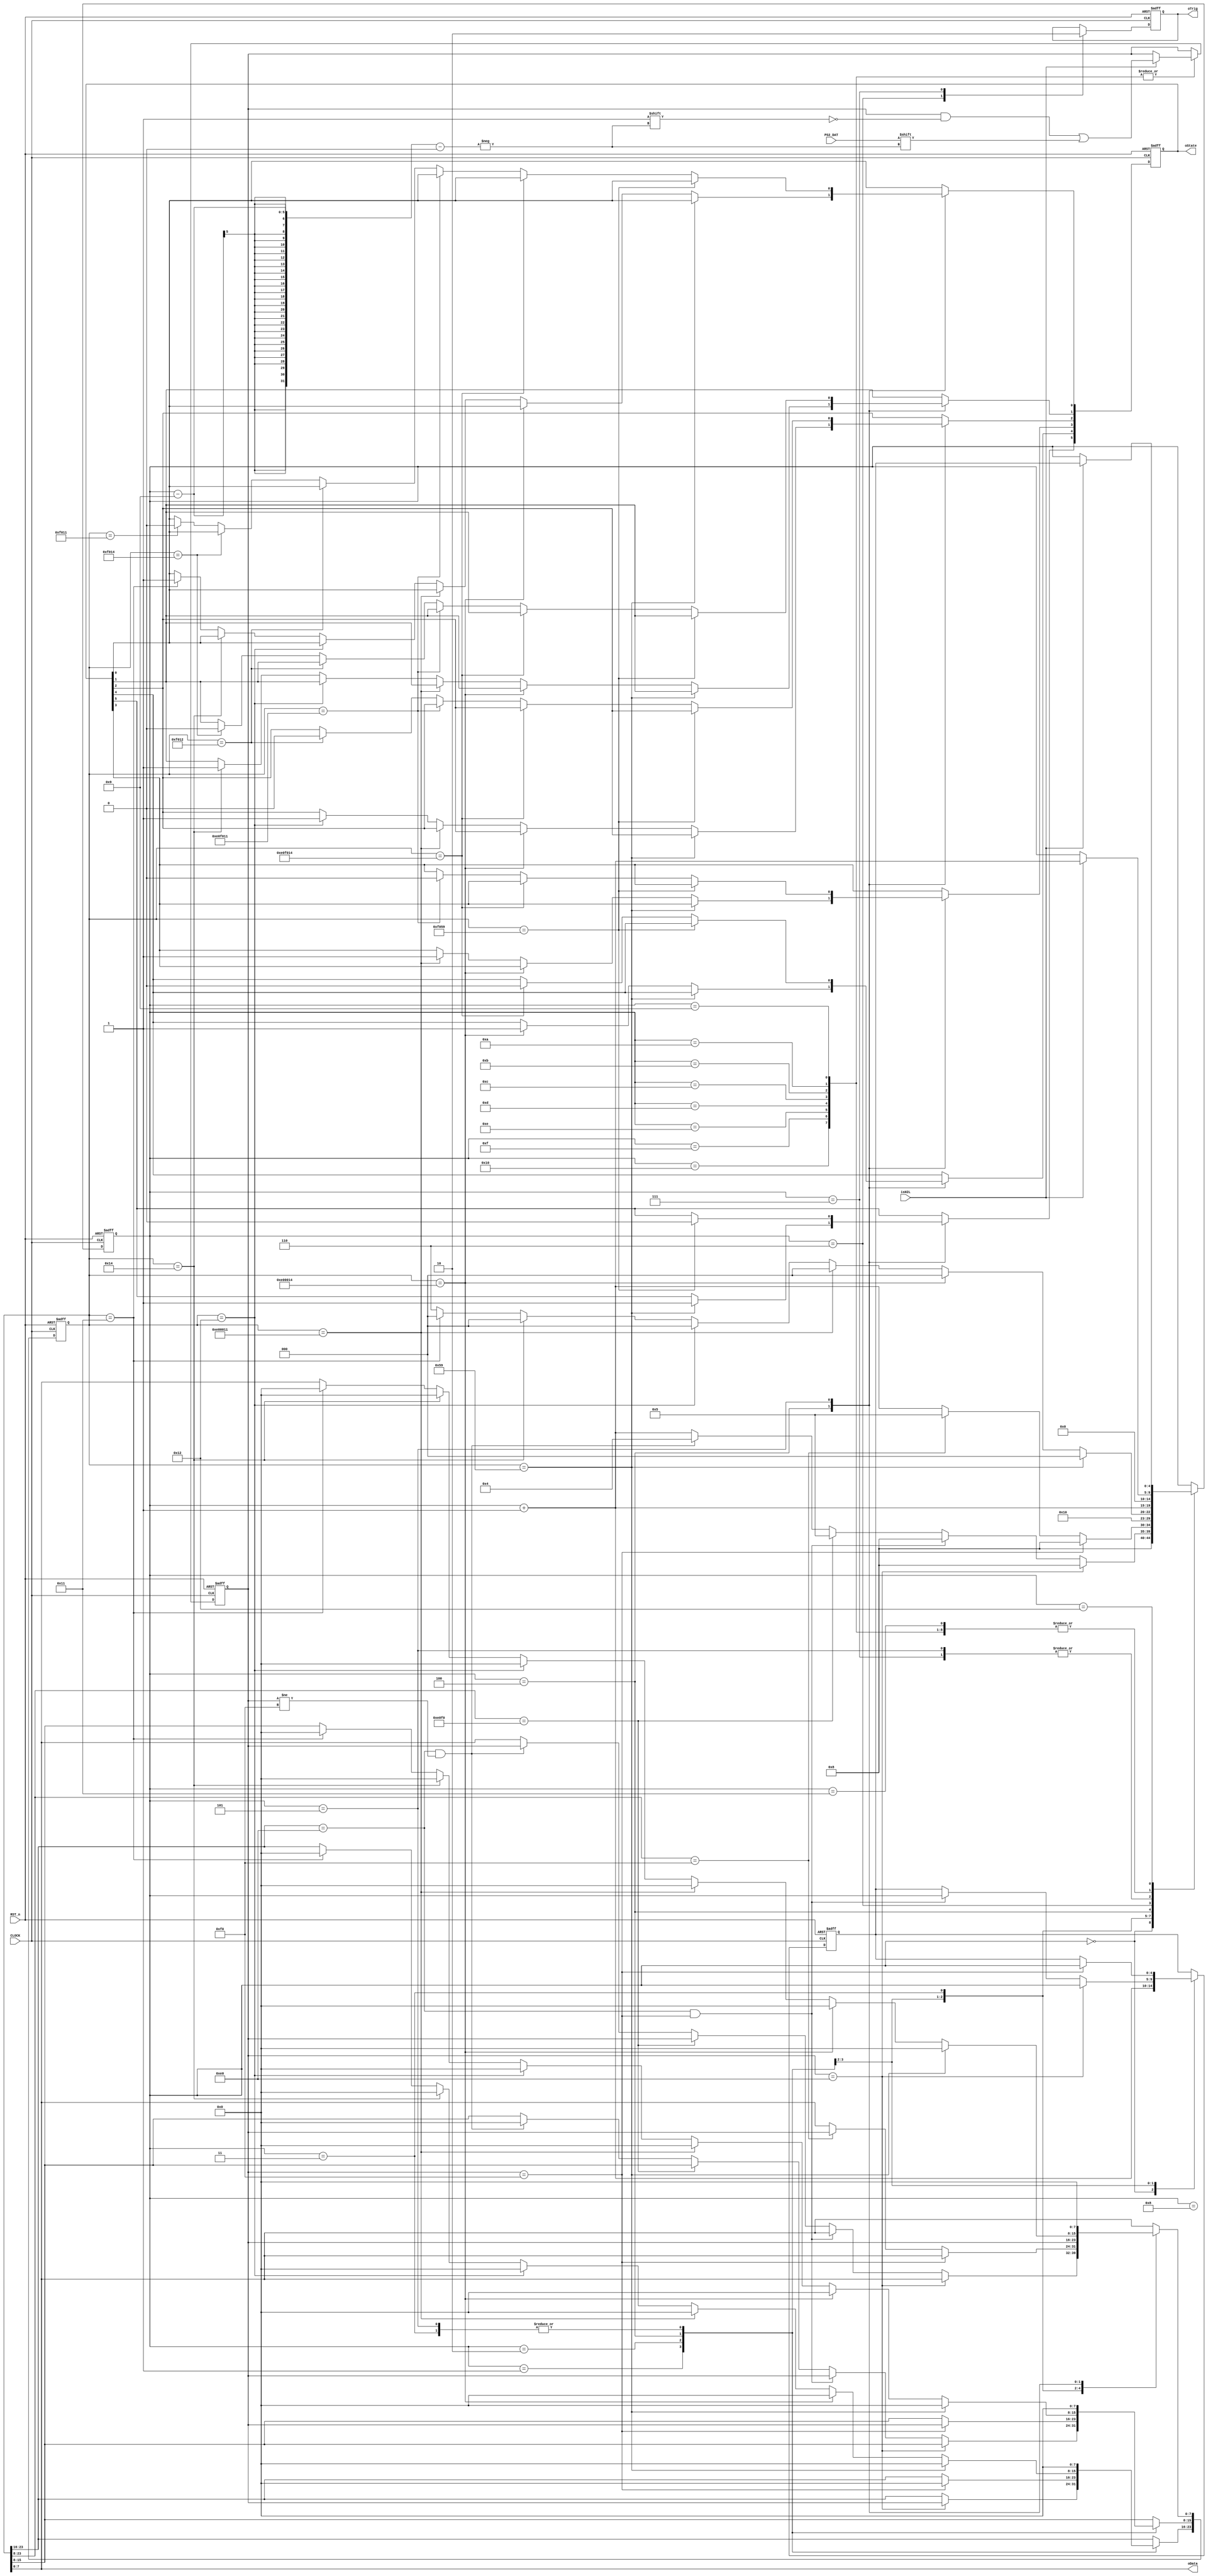
//****************************************************************************//
//# @Author: 
//# @Date:   2019-06-15 00:15:16
//# @Last Modified by:   zlk
//# @WeChat Official Account: OpenFPGA
//# @Last Modified time: 2019-06-17 21:18:21
//# Description: 
//# @Modification History: 2014-05-09 17:16:16
//# Date			    By			   Version			   Change Description: 
//# ========================================================================= #
//# 2014-05-09 17:16:16
//# ========================================================================= #
//# |                                          								| #
//# |                                OpenFPGA     							| #
//****************************************************************************//
module ps2_decode_module
(
    CLOCK, RST_n,
    isH2L,
	PS2_DAT,
	oTrig,
	oData,
	oState
);
    input CLOCK, RST_n;
    input isH2L;
	 input PS2_DAT;
	 output oTrig;
	 output [7:0]oData;
	 output [5:0]oState;
	 
	parameter MLSHIFT = 24'h00_00_12, MLCTRL = 24'h00_00_14, MLALT = 24'h00_00_11;
	parameter BLSHIFT = 24'h00_F0_12, BLCTRL = 24'h00_F0_14, BLALT = 24'h00_F0_11;
	parameter MRSHIFT = 24'h00_00_59, MRCTRL = 24'hE0_00_14, MRALT = 24'hE0_00_11;
	parameter BRSHIFT = 24'h00_F0_59, BRCTRL = 24'hE0_F0_14, BRALT = 24'hE0_F0_11;
	parameter BREAK = 8'hF0;
	parameter FF_Read = 5'd8, DONE = 5'd6, SET = 5'd4, CLEAR = 5'd5;

	 reg [7:0]T;
	 reg [23:0]D1;
	 reg [5:0]isTag; // [2]isRShift, [1]isRCtrl, [0]isRAlt, [2]isLShift, [1]isLCtrl, [0]isLAlt;
	 reg [4:0]i,Go;
	 reg isDone;
	 
	 always @ ( posedge CLOCK or negedge RST_n)
	     if( !RST_n )
		      begin
				    T <= 8'd0;
				    D1 <= 24'd0;
					 isTag <= 6'd0;
					 i <= 5'd0;
					 Go <= 5'd0;
					 isDone <= 1'b0;
				end
		   else
			    case( i )
					  
					  0: // Read Make
					  begin i <= FF_Read; Go <= i + 1'b1; end
					  
					  1: // E0_xx_xx & E0_F0_xx Check
					  if( T == 8'hE0 ) begin D1[23:16] <= T; i <= FF_Read; Go <= i; end
					  else if( D1[23:16] == 8'hE0 && T == 8'hF0 ) begin D1[15:8] <= T; i <= FF_Read; Go <= i; end
					  else if( D1[23:8] == 16'hE0_F0 ) begin D1[7:0] <= T; i <= CLEAR; end
					  else if( D1[23:16] == 8'hE0 && T != 8'hF0 ) begin D1[15:0] <= {8'd0, T}; i <= SET; end
					  else i <= i + 1'b1;
					  
					  2: // 00_F0_xx Check
					  if( T == BREAK ) begin D1[23:8] <= {8'd0,T}; i <= FF_Read; Go <= i; end
					  else if( D1[23:8] == 16'h00_F0 ) begin D1[7:0] <= T; i <= CLEAR; end
		           else i <= i + 1'b1;
		 
					  3: // 00_00_xx Check
					  begin D1 <= {16'd0,T}; i <= SET; end
					
					  4: // Set state
					  if( D1 == MRSHIFT ) begin isTag[5] <= 1'b1; D1 <= 24'd0; i <= 5'd0; end
					  else if( D1 == MRCTRL ) begin isTag[4] <= 1'b1; D1 <= 24'd0; i <= 5'd0; end
					  else if( D1 == MRALT ) begin isTag[3] <= 1'b1; D1 <= 24'd0; i <= 5'd0; end
					  else if( D1 == MLSHIFT ) begin isTag[2] <= 1'b1; D1 <= 24'd0; i <= 5'd0; end
					  else if( D1 == MLCTRL ) begin isTag[1] <= 1'b1; D1 <= 24'd0; i <= 5'd0; end
					  else if( D1 == MLALT ) begin isTag[0] <= 1'b1; D1 <= 24'd0; i <= 5'd0; end
					  else i <= DONE;
					  
					  5: // Clear state
					  if( D1 == BRSHIFT ) begin isTag[5] <= 1'b0; D1 <= 24'd0; i <= 5'd0; end
					  else if( D1 == BRCTRL ) begin isTag[4] <= 1'b0; D1 <= 24'd0; i <= 5'd0; end
					  else if( D1 == BRALT ) begin isTag[3] <= 1'b0; D1 <= 24'd0; i <= 5'd0; end
					  else if( D1 == BLSHIFT ) begin isTag[2] <= 1'b0; D1 <= 24'd0; i <= 5'd0; end
					  else if( D1 == BLCTRL ) begin isTag[1] <= 1'b0; D1 <= 24'd0; i <= 5'd0; end
					  else if( D1 == BLALT ) begin isTag[0] <= 1'b0; D1 <= 24'd0; i <= 5'd0; end
					  else begin D1 <= 24'd0; i <= 5'd0; end
					  
					  6: // DONE
					  begin isDone <= 1'b1; i <= i + 1'b1; end
					  
					  7:
					  begin isDone <= 1'b0; i <= 5'd0; end

					  /****************/ // PS2 Read Function
					  
					  8:  // Start bit
					  if( isH2L ) i <= i + 1'b1; 
					  
					  9,10,11,12,13,14,15,16:  // Data byte
					  if( isH2L ) begin i <= i + 1'b1; T[ i-9 ] <= PS2_DAT; end
					  
					  17: // Parity bit
					  if( isH2L ) i <= i + 1'b1;
					  
					  18: // Stop bit
					  if( isH2L ) i <= Go;
					    
				 endcase
	 
	 assign oTrig = isDone;
	 assign oData = D1[7:0];
	 assign oState = isTag;
	 
endmodule